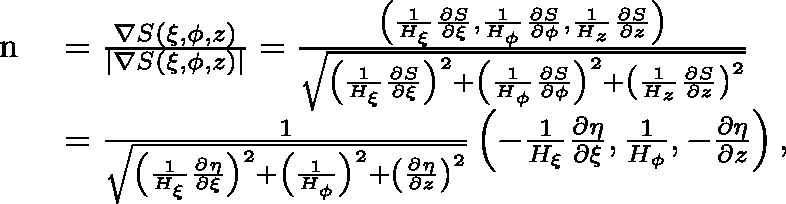
\begin{array} { r l } & { \begin{array} { r l } { { \mathrm { \boldmath ~ n ~ } } } & { = \frac { \nabla S \left( \xi , \phi , z \right) } { \left| \nabla S \left( \xi , \phi , z \right) \right| } = \frac { \left( \frac { 1 } { H _ { \xi } } \frac { \partial S } { \partial \xi } , \frac { 1 } { H _ { \phi } } \frac { \partial S } { \partial \phi } , \frac { 1 } { H _ { z } } \frac { \partial S } { \partial z } \right) } { \sqrt { \left( \frac { 1 } { H _ { \xi } } \frac { \partial S } { \partial \xi } \right) ^ { 2 } + \left( \frac { 1 } { H _ { \phi } } \frac { \partial S } { \partial \phi } \right) ^ { 2 } + \left( \frac { 1 } { H _ { z } } \frac { \partial S } { \partial z } \right) ^ { 2 } } } } \\ & { = \frac { 1 } { \sqrt { \left( \frac { 1 } { H _ { \xi } } \frac { \partial \eta } { \partial \xi } \right) ^ { 2 } + \left( \frac { 1 } { H _ { \phi } } \right) ^ { 2 } + \left( \frac { \partial \eta } { \partial z } \right) ^ { 2 } } } \left( - \frac { 1 } { H _ { \xi } } \frac { \partial \eta } { \partial \xi } , \frac { 1 } { H _ { \phi } } , - \frac { \partial \eta } { \partial z } \right) , } \end{array} } \end{array}